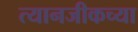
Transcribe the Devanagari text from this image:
त्यानजीकच्या